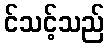
င်သင့်သည်